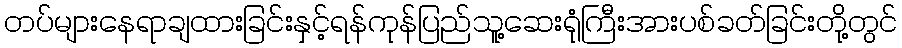
တပ်များနေရာချထားခြင်းနှင့်ရန်ကုန်ပြည်သူ့ဆေးရုံကြီးအားပစ်ခတ်ခြင်းတို့တွင်